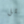
ممل